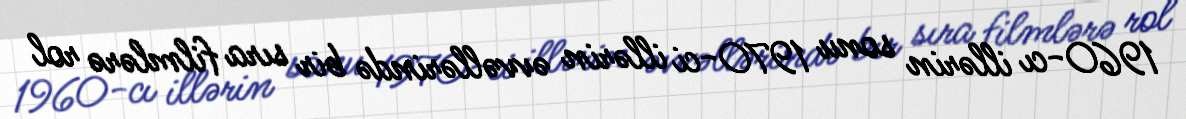
1960-cı illərin sonu 1970-ci illərin əvvəllərində bir sıra filmlərə rol